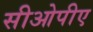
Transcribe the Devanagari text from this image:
सीओपीए